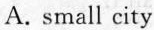
A. small city